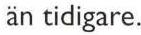
än tidigare.